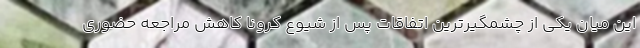
این میان یکی از چشمگیرترین اتفاقات پس از شیوع کرونا کاهش مراجعه حضوری